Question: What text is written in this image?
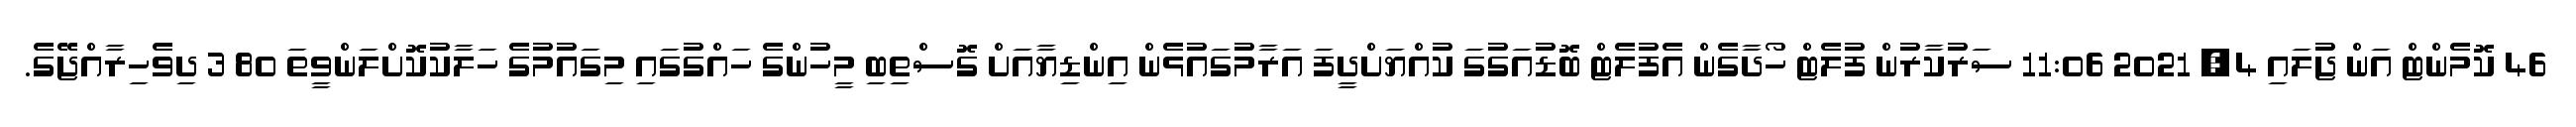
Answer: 46 ކޮމެންޓް އަން ޖުލައި 4, 2021 11:06 ސަރުކާރުން ފުލެޓް ހޯދާގެން އެފުލެޓް ބޮޑުއަގުގަ ކުއްޔަށްދީފަ އަރާމުގައުޅެން އިންޑިޔާއަށް ގޮސްތިބި މީހުންގެ ހައްގުގައި މިގައުމުގެ ހަލާކުކޮށްލަންވީތަ 80 3 ދިވެހިރާއްޖޭގެ.